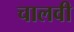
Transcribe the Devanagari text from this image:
चालवी